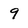
Character: 9